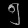
Digit: ၅